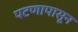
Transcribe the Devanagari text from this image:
पटणापासून